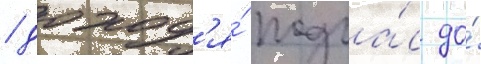
/ доход'я́ подча́с до́